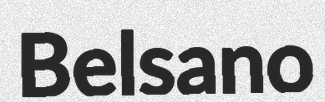
Belsano